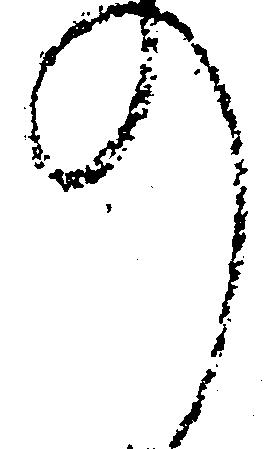
の